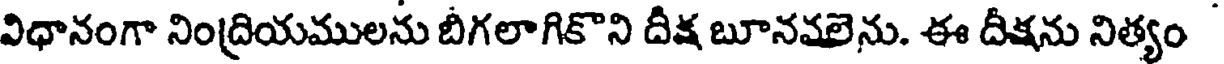
విధానంగా నింద్రియములను బీగలాగికొని దీక్ష బూనవలెను. ఈ దీక్షను నిత్యం